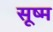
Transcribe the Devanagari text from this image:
सूष्म